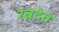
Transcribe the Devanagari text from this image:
रत्नदेव